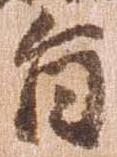
旨